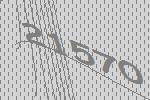
21570